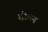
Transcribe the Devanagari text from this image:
शोडन